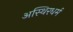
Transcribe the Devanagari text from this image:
अस्थिरधर्म